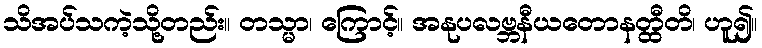
သိအပ်သကဲ့သို့တည်း။ တသ္မာ၊ ကြောင့်။ အနုပလဗ္ဘနီယတောနတ္ထီတိ၊ ဟူ၍။